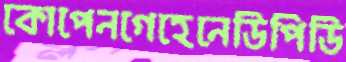
কোপেনগেহেনেডিপিডি